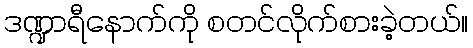
ဒဏ္ဍာရီနောက်ကို စတင်လိုက်စားခဲ့တယ်။